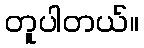
တူပါတယ်။